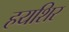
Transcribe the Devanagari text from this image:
हयशिर